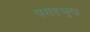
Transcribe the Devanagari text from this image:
पराङमुख